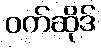
ဝက်ဆိုဒ်